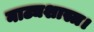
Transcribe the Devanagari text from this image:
नाट्यशास्त्र।